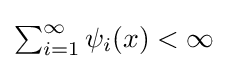
{\textstyle \sum _{i=1}^{\infty }\psi _{i}(x)<\infty }